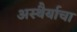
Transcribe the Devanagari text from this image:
अस्थैर्याचा